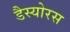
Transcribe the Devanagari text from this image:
डैस्योरस